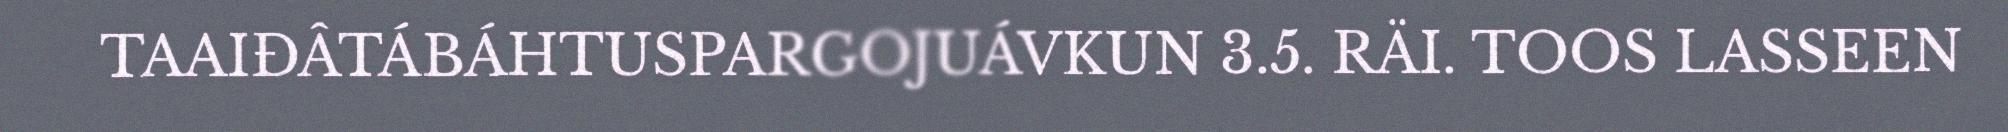
TAAIĐÂTÁBÁHTUSPARGOJUÁVKUN 3.5. RÄI. TOOS LASSEEN